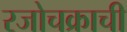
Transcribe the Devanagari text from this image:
रजोचक्राची